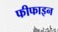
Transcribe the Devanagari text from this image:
फीफाइन